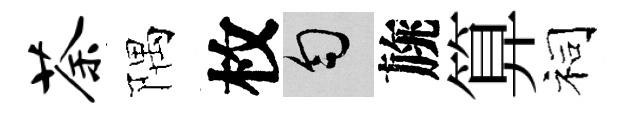
荼隅枚匀旐算祠